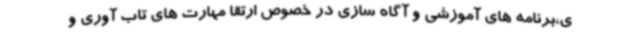
ی،برنامه های آموزشی و آگاه سازی در خصوص ارتقا مهارت های تاب آوری و